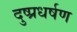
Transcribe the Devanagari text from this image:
दुष्प्रधर्षण